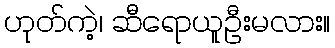
ဟုတ်ကဲ့၊ ဆီရောယူဦးမလား။